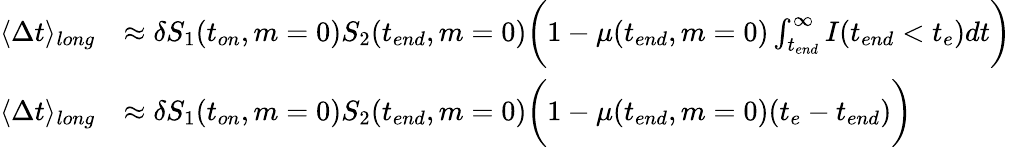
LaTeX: \begin{array}{rl}{\langle\Delta t\rangle_{long}}&{\approx\delta S_{1}(t_{on},m=0)S_{2}(t_{end},m=0)\bigg(1-\mu(t_{end},m=0)\int_{t_{end}}^{\infty}I(t_{end}<t_{e})dt\bigg)}\\ {\langle\Delta t\rangle_{long}}&{\approx\delta S_{1}(t_{on},m=0)S_{2}(t_{end},m=0)\bigg(1-\mu(t_{end},m=0)(t_{e}-t_{end})\bigg)}\end{array}